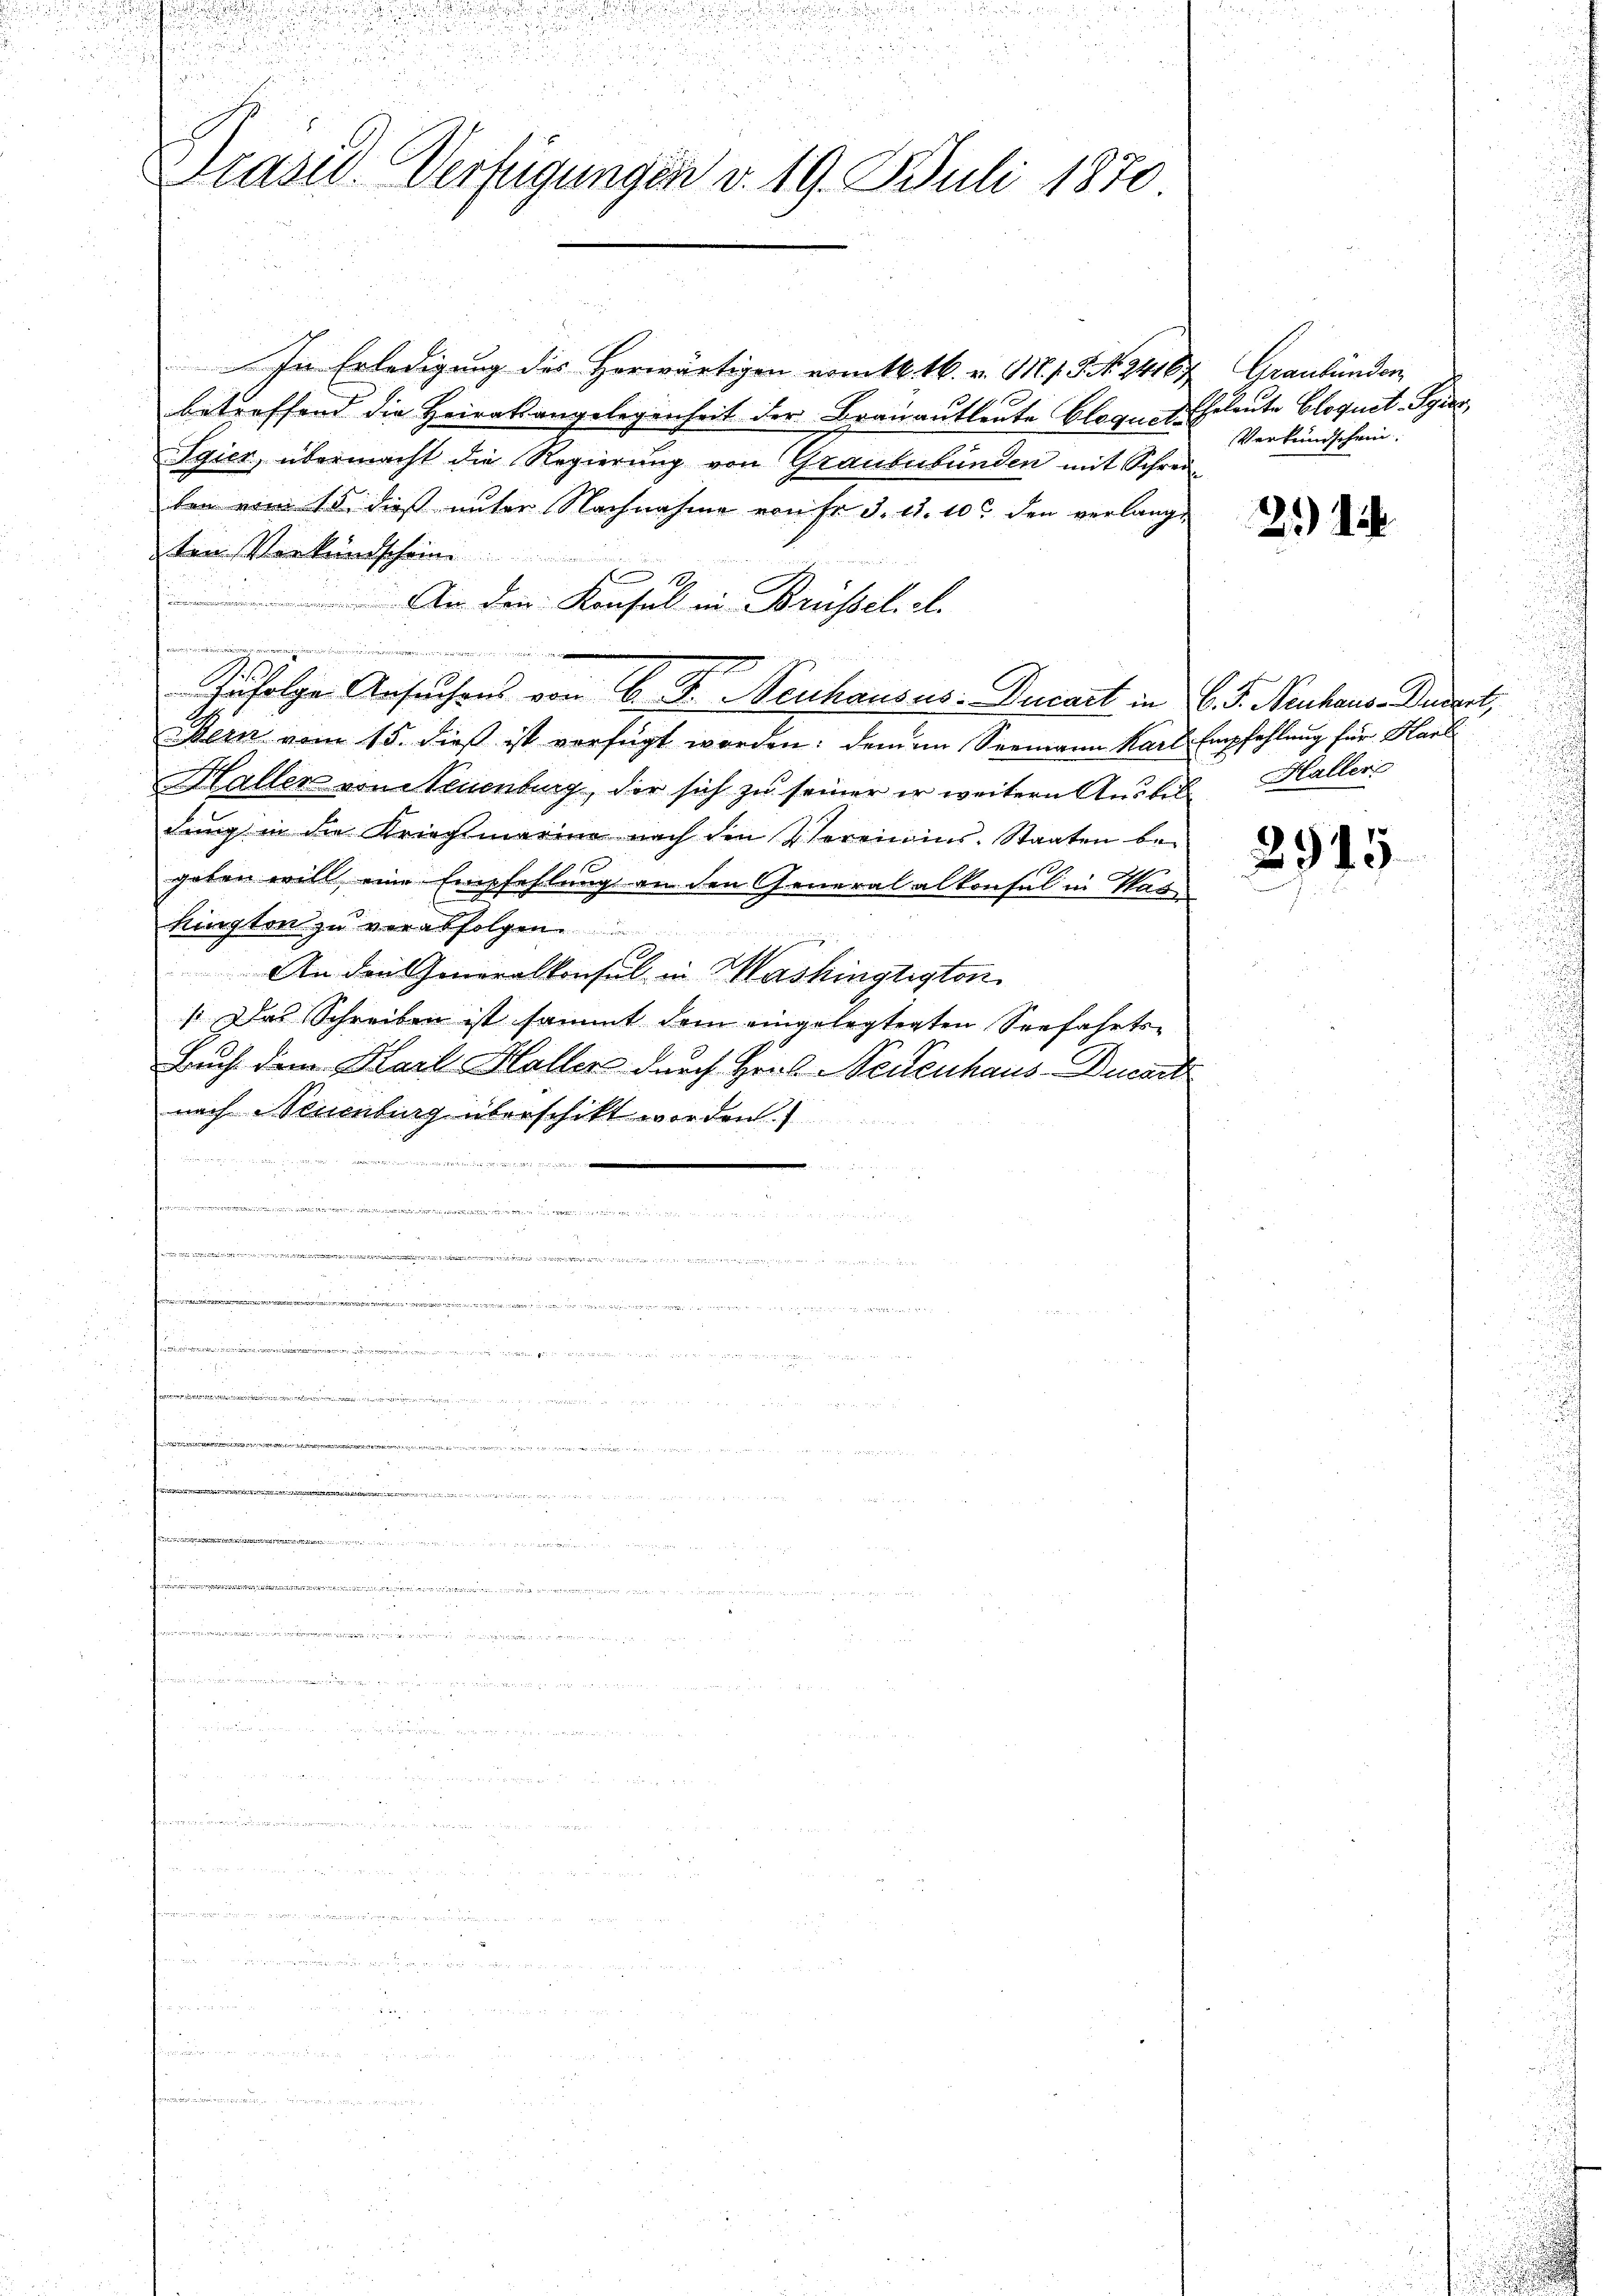
2
.
.

u
i
i
5
Präsid. Verfügungen d. 19. Juli 1870

In Erledigung des Herwärtigen vom 16. 16. v. M. s. S. 24163
betreffend die Heiratsangelegenheit der Brauautleute bloquete
Egier, übermacht die Regierŭng von Graububünden mit Schrei
ten vom 15. dieß unter Nachnahme von Fr. 3. d. 10. den verlangt
ten Verkundschein
1
7
An den Konsul in Brüssel. A.
Zufolge Ansuchens von 6. F. Neuhausus: Ducart in
Bern vom 15. dieß ist verfügt worden: dem im Seemann Karl Empfehlung für Karl
Haller von Neuenburg, die sich zu seiner er weitern Ausbild Haller
dung in die Kriechtmarina nach den 2 Toreiins. Staaten begeben will eine Empfehlung an den Generalalkonsul in Pas
kington zu verabfolgen.
An den Generalkonsul in Mashingtigten
/. Das Schreiben ist sammt dem eingelegtenten Seefahrts¬
Buch dem Karl Haller durch Hors Neuenhaus-Ducart
nach Neuenburg überschickt worden.

 i a M. man den in ich in ein eine, und wie er den
 w
2
etze

e
.

22
d
P iuristorialien . . . . . . . .

gee in einen e
.......

d

Graubünden,
Eheleute Glogust. Sprec
Verkundschein.

2.)

C. P. Neuhaus-Depart,

29

15